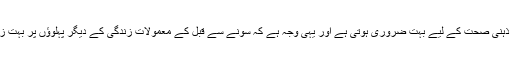
اچھی نیند جسمانی اور ذہنی صحت کے لیے بہت ضروری ہوتی ہے اور یہی وجہ ہے کہ سونے سے قبل کے معمولات زندگی کے دیگر پہلوﺅں پر بہت زیادہ اثرانداز ہوتے ہیں۔